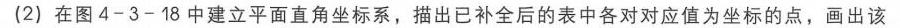
(2) 在图 4 - 3 - 18 中建立平面直角坐标系，描出已补全后的表中各对应值为坐标的点，画出该